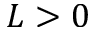
L > 0